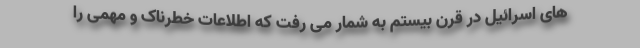
های اسرائیل در قرن بیستم به شمار می رفت که اطلاعات خطرناک و مهمی را